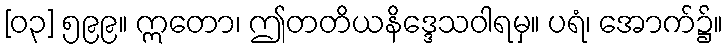
[၀၃] ၅၉၉။ ဣတော၊ ဤတတိယနိဒ္ဒေသဝါရမှ။ ပရံ၊ အောက်၌။